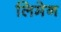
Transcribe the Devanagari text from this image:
लिमेन